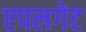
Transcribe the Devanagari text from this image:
एपलगेट